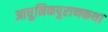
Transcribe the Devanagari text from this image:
आधुनिकपुराणकथा